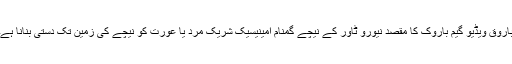
باروق ویڈیو گیم باروک کا مقصد نیورو ٹاور کے نیچے گمنام امینیسیک شریک مرد یا عورت کو نیچے کی زمین تک دستی بنانا ہے۔